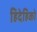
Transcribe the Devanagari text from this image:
हिदेहिको